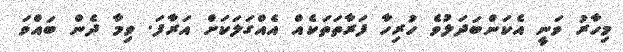
މިހާރު ވަނީ އެކަންބަދަލުވެ ހުރިހާ ފަރާތަތަކެއް އެއްގަލަކަށް އަރާފަ. ވިމާ ދެން ބައްވަ